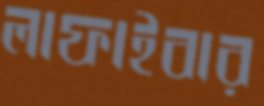
লাফাইবার